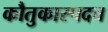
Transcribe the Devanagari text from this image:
कौतुकास्पदच